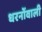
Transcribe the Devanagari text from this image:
धरनोंवाली